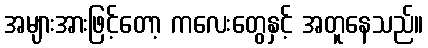
အများအားဖြင့်တော့ ကလေးတွေနှင့် အတူနေသည်။